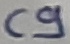
Text: C9